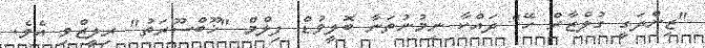
"ޒިންދަގީ ގުލްޒާރް ހޭ" ދައްކާ ނިމުނުތަނާ ބޮލީވުޑް ފިލްމް "ޚޫބްސޫރަތު" ރިލީޒްވި އެވެ.